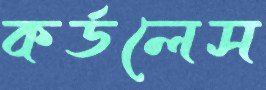
কর্ডলেস